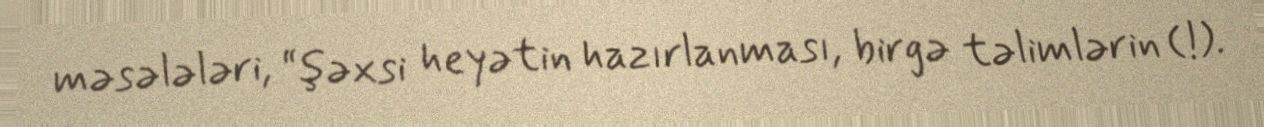
məsələləri, “şəxsi heyətin hazırlanması, birgə təlimlərin (!).